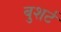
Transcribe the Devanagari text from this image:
बुशर्ट